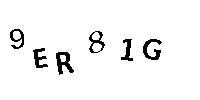
9ER81G